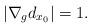
LaTeX: \begin{align*} |\nabla_g d_{x_0}|=1. \end{align*}